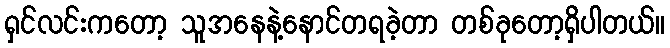
ရှင်လင်းကတော့ သူအနေနဲ့နောင်တရခဲ့တာ တစ်ခုတော့ရှိပါတယ်။